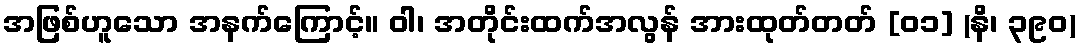
အဖြစ်ဟူသော အနက်ကြောင့်။ ဝါ၊ အတိုင်းထက်အလွန် အားထုတ်တတ် [၀၁] (နိ၊ ၃၉၀)